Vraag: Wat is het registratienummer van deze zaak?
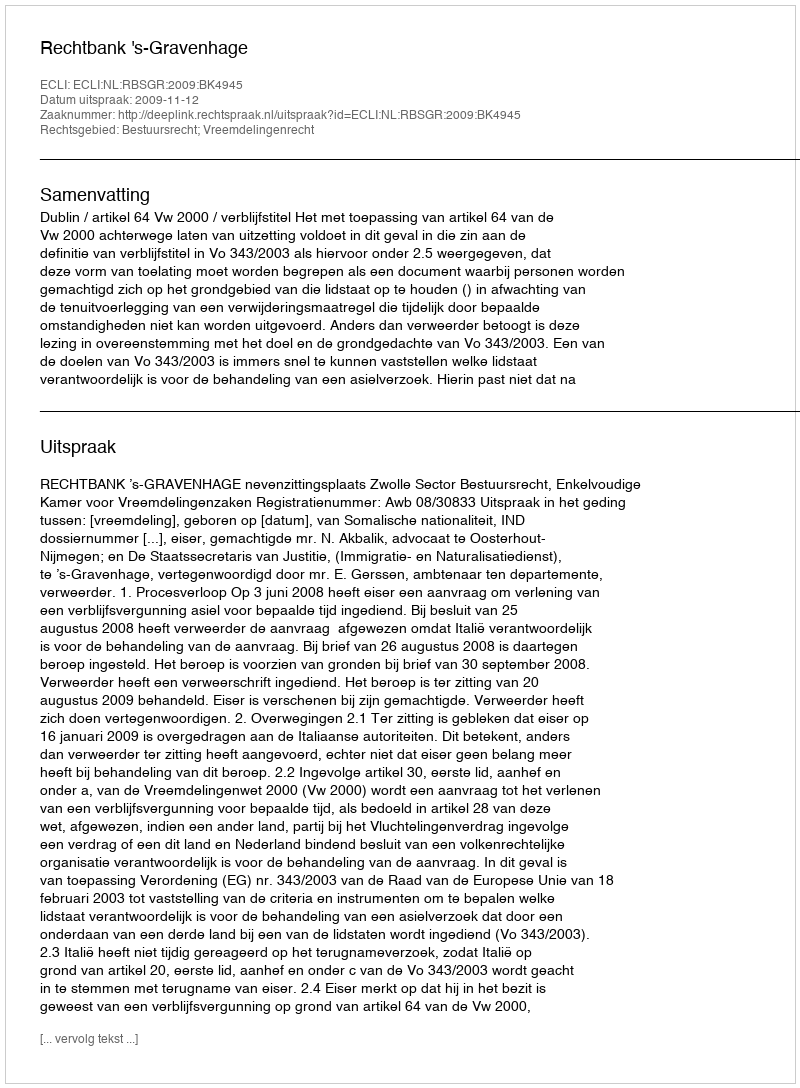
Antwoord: http://deeplink.rechtspraak.nl/uitspraak?id=ECLI:NL:RBSGR:2009:BK4945